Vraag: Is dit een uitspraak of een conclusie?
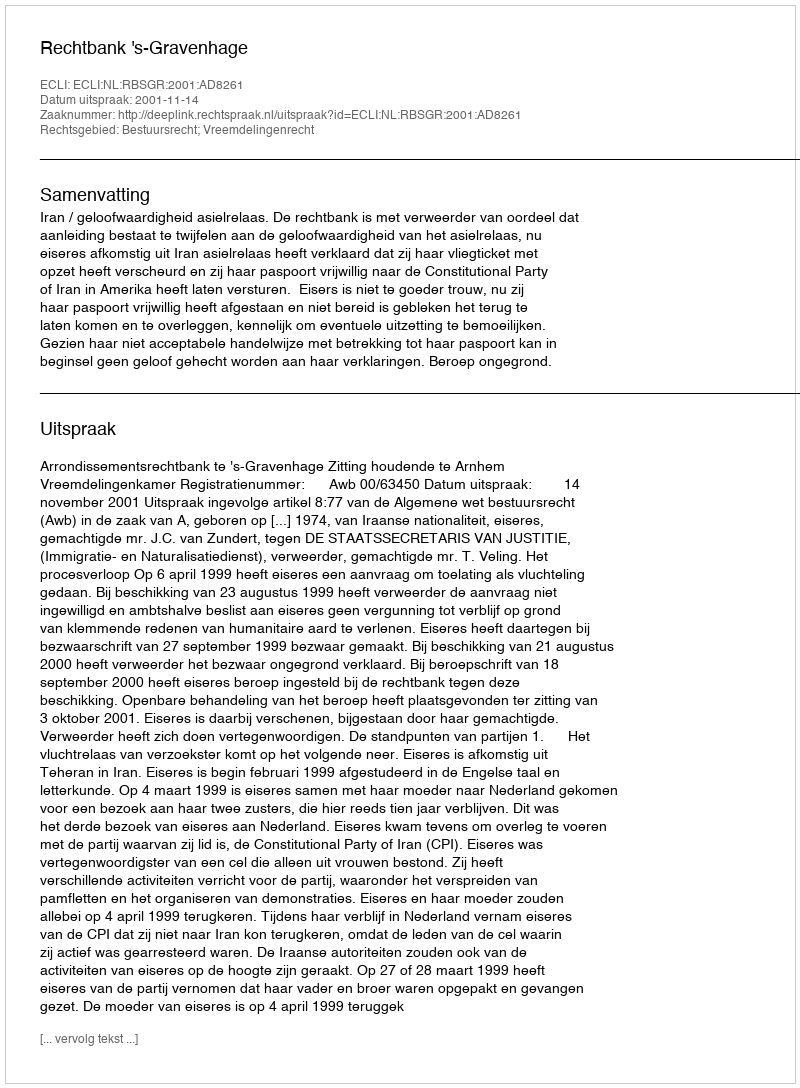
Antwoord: Uitspraak